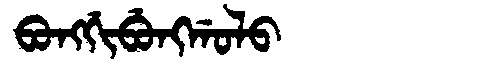
Manchu: ᠪᠣᠩᡤᡳᠪᡠᠩᡤᠣᠯᠣ
Romanization: BONGGIBUNGGOLO